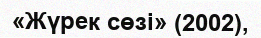
«Жүрек сөзі» (2002),